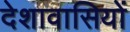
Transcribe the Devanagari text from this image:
देशावासियों